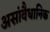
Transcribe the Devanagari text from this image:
असांवैधानिक